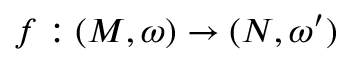
f : ( M , \omega ) \rightarrow ( N , \omega ^ { \prime } )